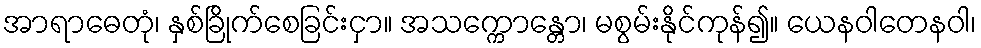
အာရာဓေတုံ၊ နှစ်ခြိုက်စေခြင်းငှာ။ အသက္ကောန္တော၊ မစွမ်းနိုင်ကုန်၍။ ယေနဝါတေနဝါ၊